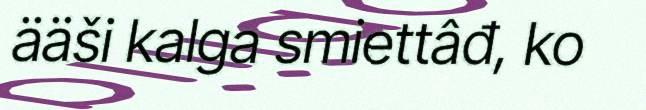
ääši kalga smiettâđ, ko